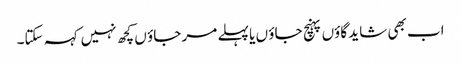
اب بھی شاید گاؤں پہنچ جاؤ ں یا پہلے مر جاؤ ں کچھ نہیں کہہ سکتا۔